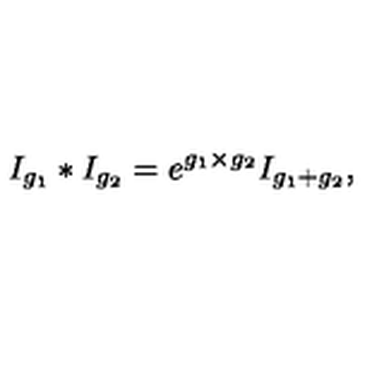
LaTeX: I _ { g _ { 1 } } \ast I _ { g _ { 2 } } = e ^ { g _ { 1 } \times g _ { 2 } } I _ { g _ { 1 } + g _ { 2 } } ,